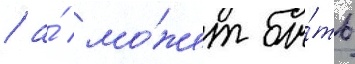
/ а́ мо́жет бы́ть